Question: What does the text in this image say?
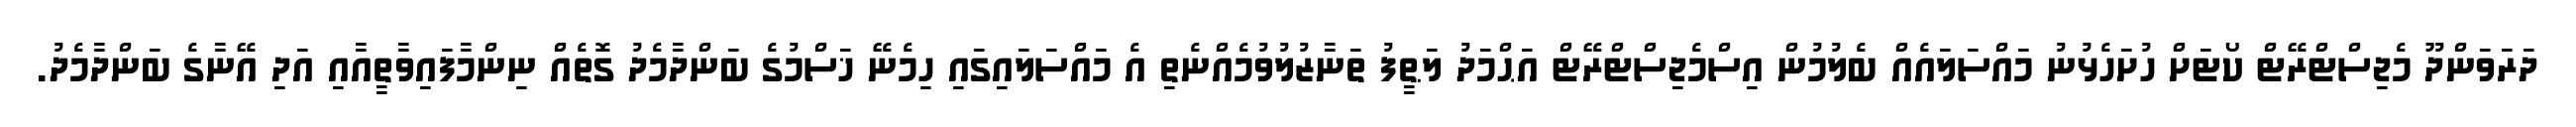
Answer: ދަރަވަންދޫ މެޖިސްޓްރޭޓް ކޯޓަށް ހުށަހެޅުނު މައްސަލައެއް ބެލުމުން އިސްމެޖިސްޓްރޭޓް އަޙްމަދު ލަޠީފު ތަނާޒުލުވުމެއްނެތި އެ މައްސަލައިގައި ހިމެނޭ ޚަސްމުގެ ބަންދާމެދު ގޮތެއް ނިންމާފައިވާތީއާއި އަދި އޭނާގެ ބަންދާމެދު.